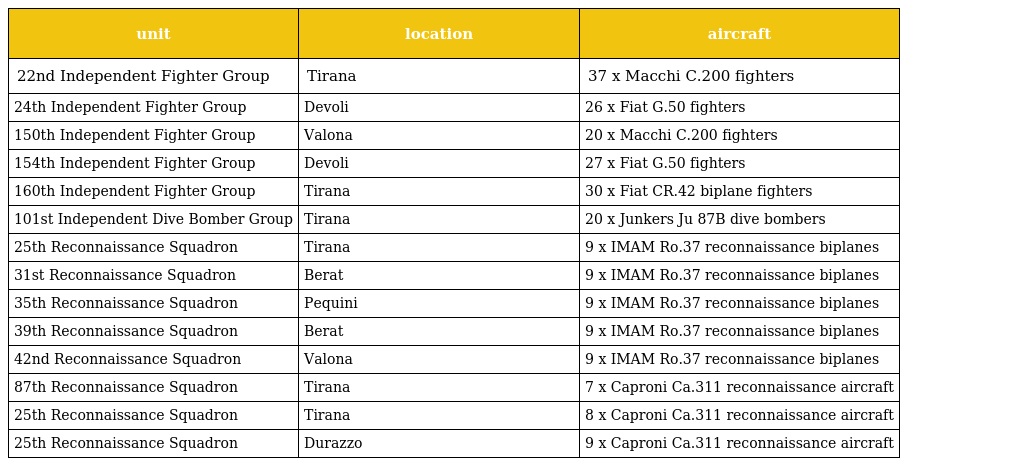
| unit | location | aircraft |
 | --- | --- | --- |
 | 22nd Independent Fighter Group | Tirana | 37 x Macchi C.200 fighters |
 | 24th Independent Fighter Group | Devoli | 26 x Fiat G.50 fighters |
 | 150th Independent Fighter Group | Valona | 20 x Macchi C.200 fighters |
 | 154th Independent Fighter Group | Devoli | 27 x Fiat G.50 fighters |
 | 160th Independent Fighter Group | Tirana | 30 x Fiat CR.42 biplane fighters |
 | 101st Independent Dive Bomber Group | Tirana | 20 x Junkers Ju 87B dive bombers |
 | 25th Reconnaissance Squadron | Tirana | 9 x IMAM Ro.37 reconnaissance biplanes |
 | 31st Reconnaissance Squadron | Berat | 9 x IMAM Ro.37 reconnaissance biplanes |
 | 35th Reconnaissance Squadron | Pequini | 9 x IMAM Ro.37 reconnaissance biplanes |
 | 39th Reconnaissance Squadron | Berat | 9 x IMAM Ro.37 reconnaissance biplanes |
 | 42nd Reconnaissance Squadron | Valona | 9 x IMAM Ro.37 reconnaissance biplanes |
 | 87th Reconnaissance Squadron | Tirana | 7 x Caproni Ca.311 reconnaissance aircraft |
 | 25th Reconnaissance Squadron | Tirana | 8 x Caproni Ca.311 reconnaissance aircraft |
 | 25th Reconnaissance Squadron | Durazzo | 9 x Caproni Ca.311 reconnaissance aircraft |